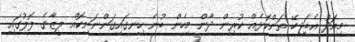
މިއަދު އެބަޖިހޭ ތަންކޮޅެއް ކުރިން ދާން މިހެން ބުނެ ހިނގައިގަންނަނިކޮއް ލީޒާގެ ލޮލުގައި